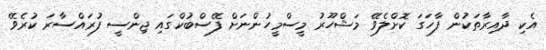
އެކި ދާއިރާތަކުން ފާހަގަ ކޮށްލެވޭ މަޝްހޫރު މީސްމީހުންނަށް ފޭސްބުކްގައި ޖިންސީ ފުރައްސާރަ ކުރެވޭ